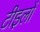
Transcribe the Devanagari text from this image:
टीइलों